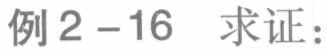
例2 - 16  求证：